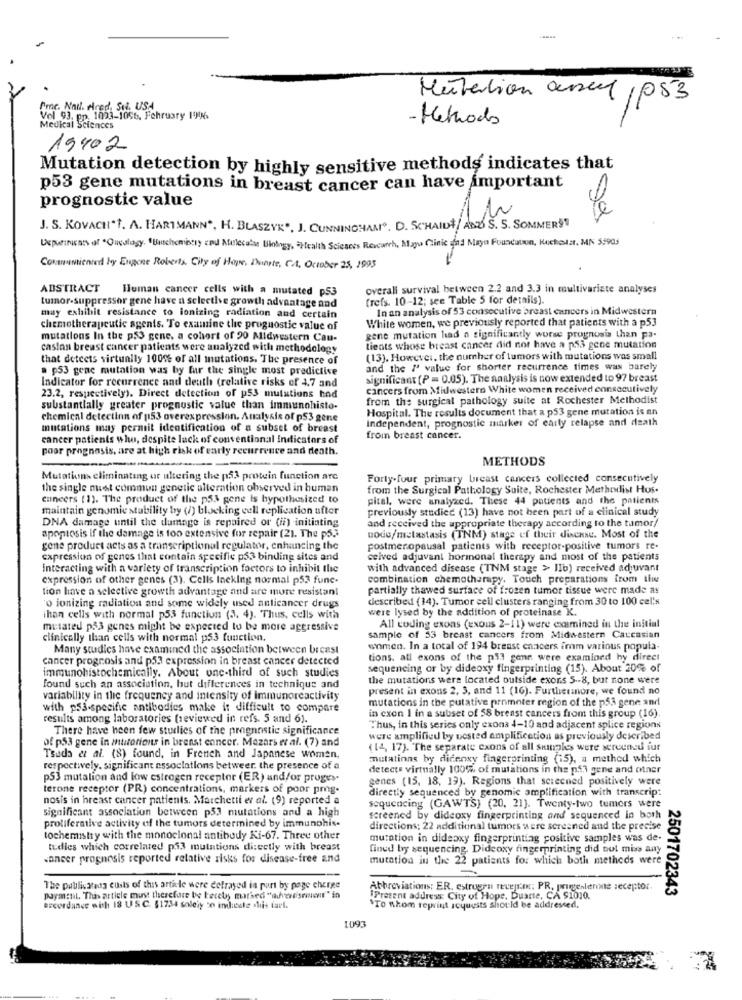
Mutation assel ,053
Pmc. Nad. Fred, Sul, USA
Vol 93, pp. 1023-1056. Fehrusty 1996
- Methods
Medical Sciences
19402
Mutation detection by highly sensitive methods indicates that
p53 gene mutations in breast cancer can have important
prognostic value
J. S. KOVACH"T. A. HARTMANN", H. BLASZYK", J. CUNNINGHAMO. D. SCHAID/ ABD S. S. SOMMERS!
Uxputinuns of Oncology. "Buchemistry and Molecular Biology, - Health Sciences Research, Mayo Clinic and Mayo Foundation, Kuchota, MN 59905
Communionted by Expone Roberts. City of Hope, Duarte, CA, October 25, 1993
ABSTRACT Human cancer cells with a mutated p53
overall survival between 2.2 and 3.3 in multivariate analyses
(refs. 10-12; see Table 5 for details).
tumor suppressor gene have a selective growth advantage and
In an analysis of 53 consecutive breast cancers in Midwestern
may exhibit resistance to ionizing radiation and certain
White women, we previously reported that patients with a p53
chemotherapeutic agents. To examine the prognostic value of
mutations In the p53 gene, a cohort of 90 Midwestern Cau-
gene mutation had a significantly worse prognosis than pa-
castan breast cancer patients were analyzed with methodology
tients whose breast cancer did not have a p53 gene mutation
that detects virtually 100% of all mutations. The presence of
(13). However, the number of tumors with mutations was small
a p53 gene mutation was by far the single most predictive
and the M' value for shorter recurrence times was barely
significant (P = 0.05). The analysis is now extended to 97 breast
Indicator for recurrence and death (relative risks of 4,7 and
cancers from Midwestern White women received consecutively
23.2, respectively), Direct detection of p53 mutations had
from the surgical pathology suite at Rochester Methodist
substantially greater prognostic value than immunohisto-
Hospital. The results document that a p53 gene mutation is an
chemical deteciinn of 153 overexpression. Analysis of p53 gene
Independent, prognostic marker of early relapse and death
mutations may permit identification of a subset of breast
cancer patients who, despite lack of conventional Indicators of
from breast cancer.
poor prognosis, are at high risk of early recurrence and death.
METHODS
---
Mutations eliminating ur ultering the p53 protein function are
Forty-four primary breast cancers collected consecutively
the single must commun genetic alteration observed in human
from the Surgical Pathology Suite, Rochester Methodist Hus.
cancers ( 1). The product of the p53 gene is hypothesized to
pital, were analyzed. These 44 patients and the patients
maintain genomie stability by (/) blocking cell replication after
previously studied (13) have not been part of a clinical study
DNA damage until the damage is repaired or (ii) initiating
and received the appropriate therapy according to the tumor/
apoptosis if the damage is too extensive for repair (21. The p5.]
uode/metastasis (TNM) stage of their dinense. Most of the
gene product acts as a transcriptional regulator, enhancing the
postmenopausal patients with receptor-positive tumors re-
capression of genes that contain specifie p53 binding sites and
ceived adjuvant hormonal therapy and most of the patients
interacting with a variety of transcription factors to inhibit the
with advanced disease (TNM stage > Ilb) received adjuvant
expression of other genes (3). Cells Incking normal p53 func.
combination chemotherapy. Touch preparations from the
tion have a selective growth advantage and are more resistant
partially thawed surface of frozen tumor tissue were made as
described (14). Tumor ceil clusters ranging from 30 to 100 cel's
"o ionizing radiation and some widely used anticancer drugs
were lysed by the addition of proteinase K.
ihan cells with normal p53 function (3. 4). Thus, cells with
mutated p53 genes might be expected to be more aggressive
All coding exons (exous 2-11) were examined in the initial
clinically than cells with normal p53 function.
sample of 53 breast cancers from Midwestern Caucasian
Many studies have examined the association between breast
women. In a total of 194 breast cancers imm various popula-
cancer prognosis and p53 expression in breast cancer detected
tions. all exons of the p53 gene were examined hy direct
sequencing or by dideoxy fingerprinting (15). About 20% of
immunohistochemically. About one-third of such studies
the mutations were located outside exons 5 -- 8, but none were
found such an association, but differences in technique and
present in exons 2, 3, and 11 (16). Furthermore, we found no
variability in the frequency and intensity of immunoreactivity
mutations in the putative promoter region of the p53 gene and
with ps3-specific antibodies make it difficult to compare
results among laboratories (reviewed in refs. 5 and 6).
in exon 1 in a subset of 58 breast cancers from this group (16).
There have been few studies of the prognostic significance
Thus, in this series only exona 4-10 and adjacent splice regions
of p53 gene in muitotions in breast cancer. Mazars et al. (7) and
were amplified by nested amplification as previously described
(14, 17). The separate cxons of all skinples were screened fur
Tsuda et al. (8) found, in French and Japanese women,
mutations by dicenxy fingerprinting (15), a method which
respectively. significant associations betweer, the presence of a
detects virtually 100% of mutations in the p53 gene and otner
p53 mutation and low estrogen receptor (ER) and/or proges-
genes (15, 18, 19). Regions that screened positively were
terone receptor (PR) concentrations, markers of poor pmg.
directly sequenced by genomic amplification with transcrip:
nosis in breast cancer patients. Marchetti er al. (9) reported a
significant association between p53 mutations and a high
sequencing (GAWTS) (20, 21). Twenty-two tumors were
proliferative activity of the tumors determined by immunohis-
screened by dideoxy fingerprinting and sequenced in both
directions; 22 additional tumors were screened and the precise
tochemistry with the monoclonal antibody Ki-67. Three other
mutation in dideoxy fingerprinting positive samples was de.
tudies which correlated p53 mutations directly with breast
fined by sequencing. Dideoxy fingerprinting did not miss any
cancer prognosis reported relative risks for disease-free and
mutation in the 22 patients for which both methods were
--
The publicatedy custs of this article were cefrayed is part by page cherge
Abbreviations: ER. estrugru reception; PR, prungenlerine seceptor.
2501702343
payaitil. This article must therefore be tecety marked "ahere'srent" in
Present address: City of Hope, Duarte, CA $1010.
accordance with 18 USC. $1734 solely to indicate dhis tarl.
STo whom reprint scyuusts should be addressed.
1093